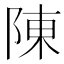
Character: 陳